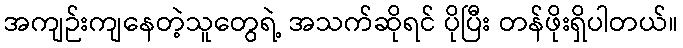
အကျဉ်းကျနေတဲ့သူတွေရဲ့ အသက်ဆိုရင် ပိုပြီး တန်ဖိုးရှိပါတယ်။